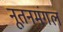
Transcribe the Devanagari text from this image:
नूतनमंगल